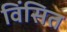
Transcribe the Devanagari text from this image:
विंसित